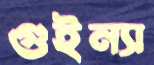
গুইন্যা